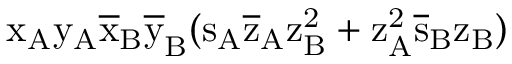
\mathrm { x _ { A } \mathrm { y _ { A } \mathrm { \overline { { x } } _ { B } \mathrm { \overline { { y } } _ { B } ( \mathrm { s _ { A } \mathrm { \overline { { z } } _ { A } \mathrm { z _ { B } ^ { 2 } + \mathrm { z _ { A } ^ { 2 } \mathrm { \overline { { s } } _ { B } \mathrm { z _ { B } ) } } } } } } } } } }